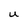
Character: U